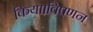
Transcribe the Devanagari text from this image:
किया।विपणन